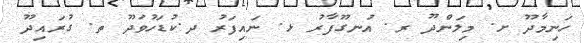
ހަނިމާދޫ ށ. މިލަންދޫ ރ. އުނގޫފާރު ޅ. ނައިފަރު ދ.ކުޑަހުވަދޫ ތ. ގުރައިދޫ